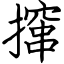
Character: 撺